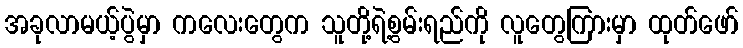
အခုလာမယ့်ပွဲမှာ ကလေးတွေက သူတို့ရဲ့စွမ်းရည်ကို လူတွေကြားမှာ ထုတ်ဖော်